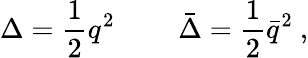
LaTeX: \Delta={\frac{1}{2}}q^{2}\ \qquad\bar{\Delta}={\frac{1}{2}}\bar{q}^{2}\ ,